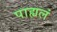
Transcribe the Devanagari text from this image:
पाह्यलं